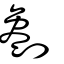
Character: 劖